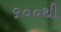
૬૦૦થી